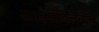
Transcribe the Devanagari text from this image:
आइसोफ्लेवोन